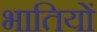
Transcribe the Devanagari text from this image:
भातियों